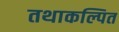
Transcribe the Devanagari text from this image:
तथाकल्पित